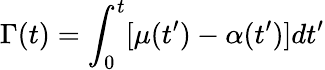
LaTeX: \Gamma(t)=\int_{0}^{t}[\mu(t^{\prime})-\alpha(t^{\prime})]dt^{\prime}